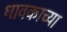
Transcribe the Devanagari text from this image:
धावकाच्या